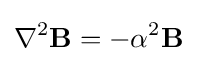
\nabla ^{2}\mathbf {B} =-\alpha ^{2}\mathbf {B}